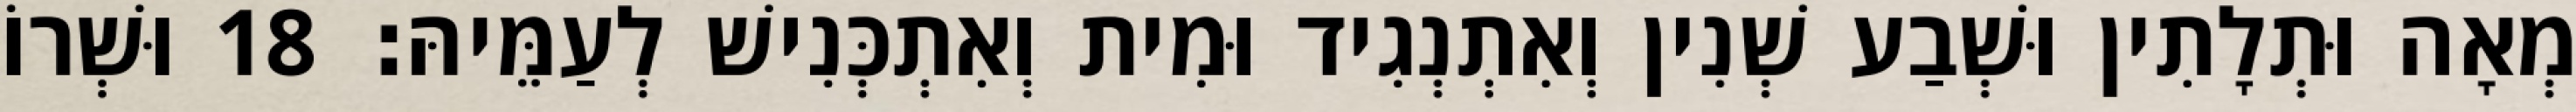
מְאָה וּתְלָתִין וּשְׁבַע שְׁנִין וְאִתְנְגִיד וּמִית וְאִתְכְּנִישׁ לְעַמֵּיהּ׃ 18 וּשְׁרוֹ